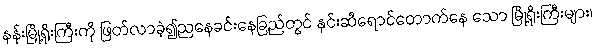
နန်းမြို့ရိုးကြီးကို ဖြတ်လာခဲ့၍ညနေခင်းနေခြည်တွင် နှင်းဆီရောင်တောက်နေ သော မြို့ရိုးကြီးများ၊